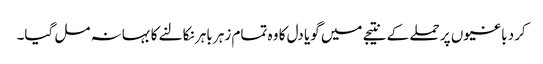
کرد باغیوں پر حملے کے نتیجے میں گویا دل کا وہ تمام زہر باہر نکالنے کا بہانہ مل گیا۔